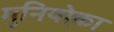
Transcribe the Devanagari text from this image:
मुनियो़का